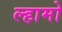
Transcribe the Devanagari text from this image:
ल्हामो